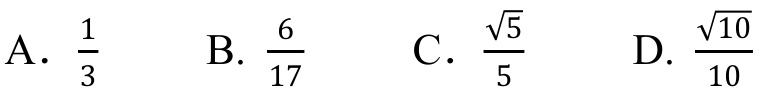
A. \(\frac{1}{3}\)  B. \(\frac{6}{17}\)  C. \(\frac{\sqrt{5}}{5}\)  D. \(\frac{\sqrt{10}}{10}\)